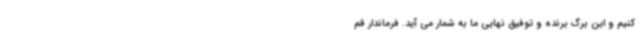
کنیم و این برگ برنده و توفیق نهایی ما به شمار می آید. فرماندار قم